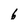
Character: 6